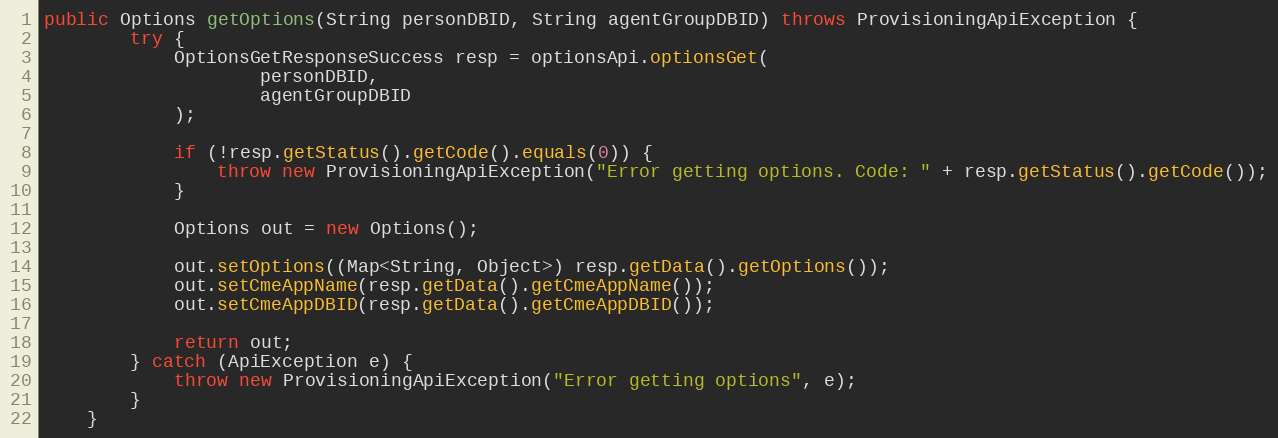
Language: Java
public Options getOptions(String personDBID, String agentGroupDBID) throws ProvisioningApiException {
        try {
            OptionsGetResponseSuccess resp = optionsApi.optionsGet(
                    personDBID,
                    agentGroupDBID
            );

            if (!resp.getStatus().getCode().equals(0)) {
                throw new ProvisioningApiException("Error getting options. Code: " + resp.getStatus().getCode());
            }

            Options out = new Options();

            out.setOptions((Map<String, Object>) resp.getData().getOptions());
            out.setCmeAppName(resp.getData().getCmeAppName());
            out.setCmeAppDBID(resp.getData().getCmeAppDBID());

            return out;
        } catch (ApiException e) {
            throw new ProvisioningApiException("Error getting options", e);
        }
    }